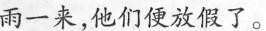
雨一来，他们便放假了。